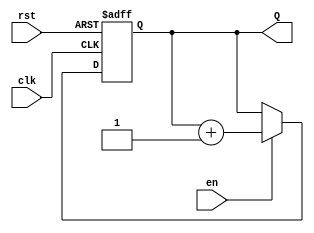
module binary_up_counter #(parameter N = 4) (
    input wire clk,       // Clock input
    input wire rst,       // Asynchronous reset
    input wire en,        // Enable signal
    output reg [N-1:0] Q  // N-bit output count
);

    // Always block triggered on the rising edge of the clock or reset
    always @(posedge clk or posedge rst) begin
        // Asynchronous reset
        if (rst) begin
            Q <= 0; // Reset count to 0
        end else if (en) begin
            Q <= Q + 1; // Increment count
        end
        // If enable is low, retain current value of Q
    end

endmodule